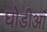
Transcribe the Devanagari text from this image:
घोडीआं